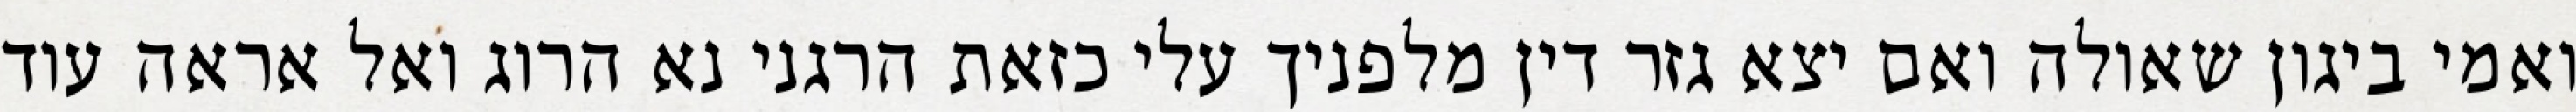
ואמי ביגון שאולה ואם יצא גזר דין מלפניך עלי כזאת הרגני נא הרוג ואל אראה עוד